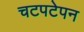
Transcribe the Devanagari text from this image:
चटपटेपन